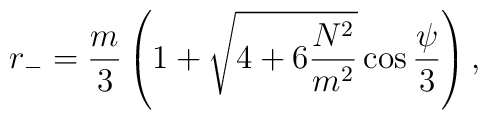
r_-=\frac{m}{3}\left(1+\sqrt{4+6\frac{N^2}{m^2}}\cos\frac{\psi}{3}\right),